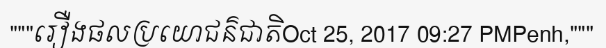
"""រឿងផលប្រយោជន៌ជាតិOct 25, 2017 09:27 PMPenh,"""